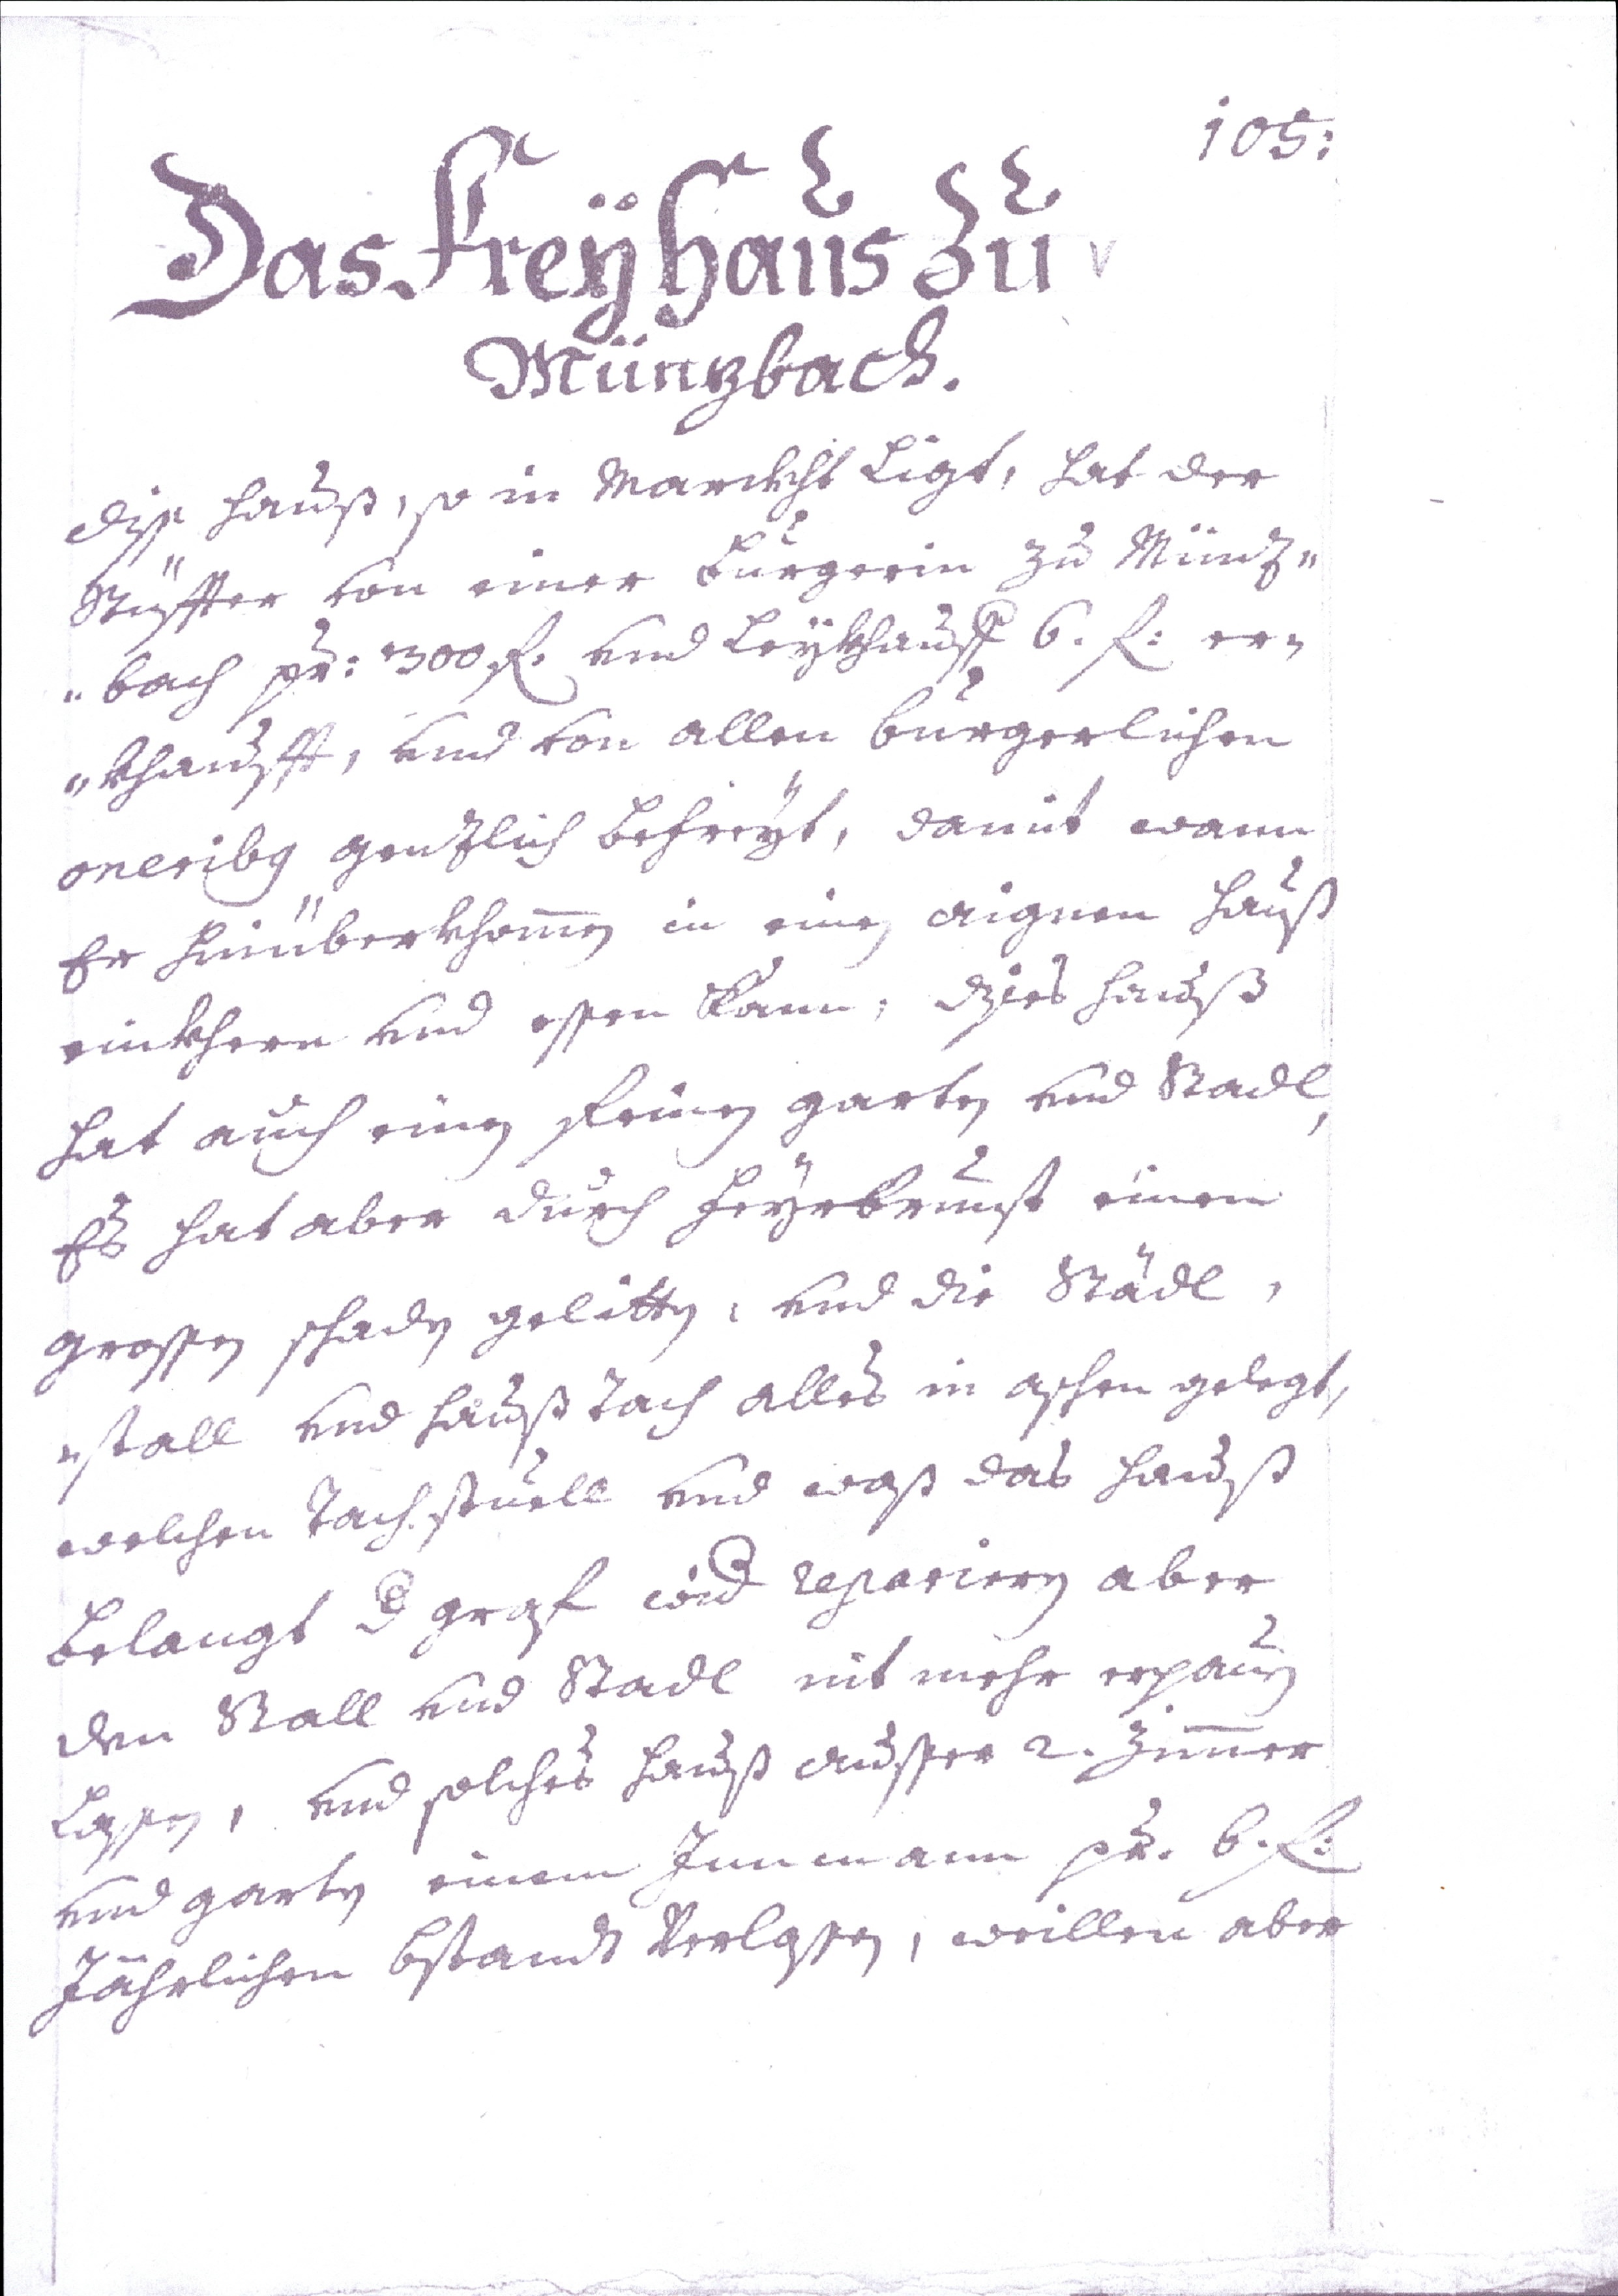
105:
Das Freyhaus zu
Münzbach.
Diss Haus, so in Marckht Ligt, hat der
Stüfter von einer Bürgerin zu Münz¬
bach per: 300 fl. vnd Beykhauff 6. fl: er¬
khauft, vnd von allen bürgerlichen
oneribus genzlich befreyt, damit wann
Er Hinüberkhommen in einen aignen Hauß
einkhern vnd essen kann, dies Hauß
hat auch einen freien garten vnd Stadl,
Es hat aber durch Feyrbrunst einen
großen Schaden gelitten, vnd di Stadl,
Stall vnd Hauß Tach alles in Aschen gelegt,
welchen Tachstuell vnd waß das Hauß
Belangt der graf wider reparieren aber
den Stall vnd Stadl nit mehr erpauen
Lassen, vnd solches Hauß ausser 2. Zimmer
vnd Garten einem Innen am pr. 6. fl:
Jährlichen Bestand verlassen, weillen aber